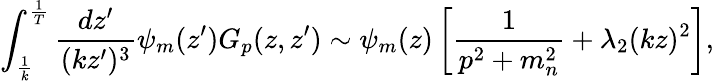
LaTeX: \int_{\frac{1}{k}}^{\frac{1}{T}}{\frac{dz^{\prime}}{(kz^{\prime})^{3}}}\psi_{m}(z^{\prime})G_{p}(z,z^{\prime})\sim\psi_{m}(z)\left[{\frac{1}{p^{2}+m_{n}^{2}}}+{\lambda_{2}}(kz)^{2}\right],